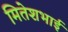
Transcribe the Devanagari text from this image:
मितेशभाई